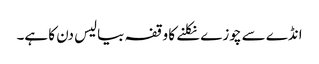
انڈے سے چوزے نکلنے کا وقفہ بیالیس دن کا ہے۔